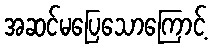
အဆင်မပြေသောကြောင့်